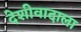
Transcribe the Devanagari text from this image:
देशीवादाला